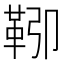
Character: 𩊎